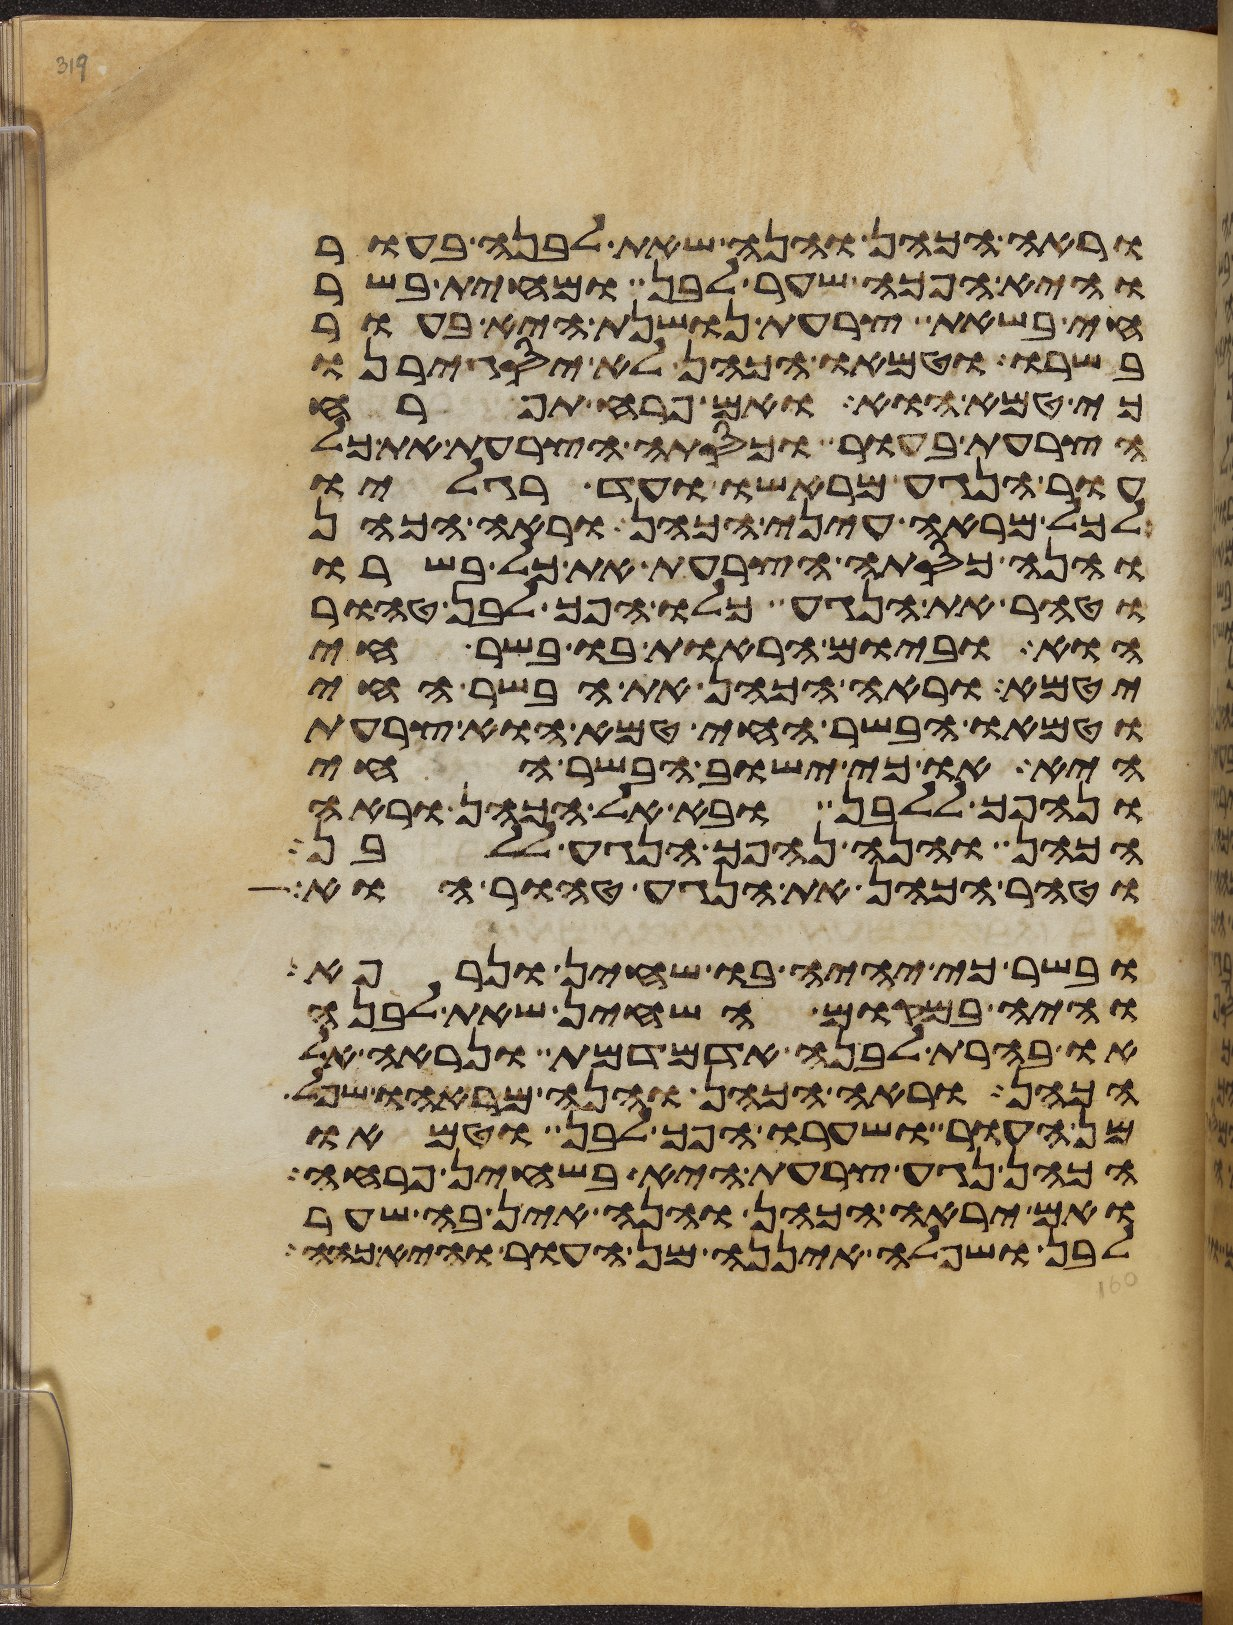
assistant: וראה הכהן והנה שאת לבנה בעור
והיא הפך שער לבן ומחית בשר
חי בשאת צרעת נושנת היא בעור
בשרו וטמאו הכהן לא יסגירנו
כי טמא הוא ואם פרח תפרח
הצרעת בעור וכסתה הצרעת את כל
עור הנגע מראשו עד רגליו
לכל מראה עיני הכהן וראה הכהן
והנה כסתה הצרעת את כל בשרו
וטהר את הנגע כלו הפך לבן טהור
הוא וביום הראות בו בשר חי
יטמא וראה הכהן את הבשר החי
וטמאו הבשר החי טמא הוא צרעת
היא או כי ישוב הבשר החי
ונהפך ללבן ובא אל הכהן וראה
הכהן והנה נהפך הנגע ללבן
וטהר הכהן את הנגע טהור הוא
ובשר כי יהיה בו שחין ונרפא
והיה במקום השחין שאת לבנה
או בהרת לבנה אדמדמת ונראה אל
הכהן וראה הכהן והנה מראהו שפל
מן העור ושערו הפך לבן וטמאו
הכהן נגע צרעת היא בשחין פרחה
ואם יראה הכהן והנה אין בה שער
לבן ושפלה איננה מן העור והיא כהה